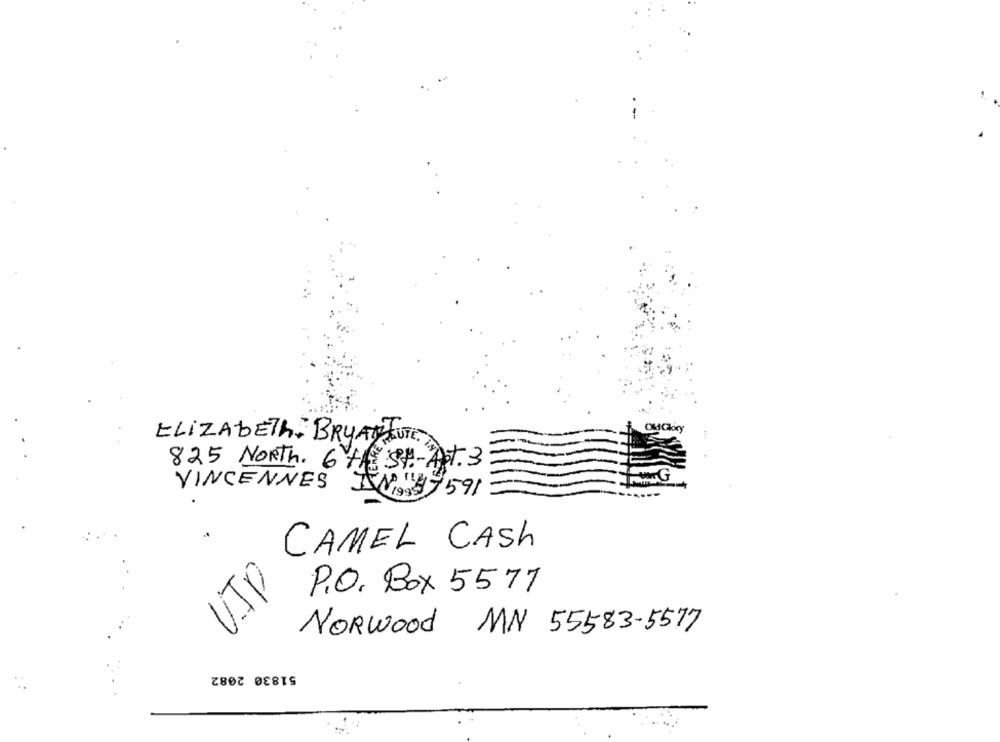
ELIZABETH. BRYANBUT
825 NORTh. 6 THE SH .- ART. 3
VINCENNES
19997591
CAMEL CASH
UTP
P.O. Box 5577
Norwood MN 55583-5577
51830 2082